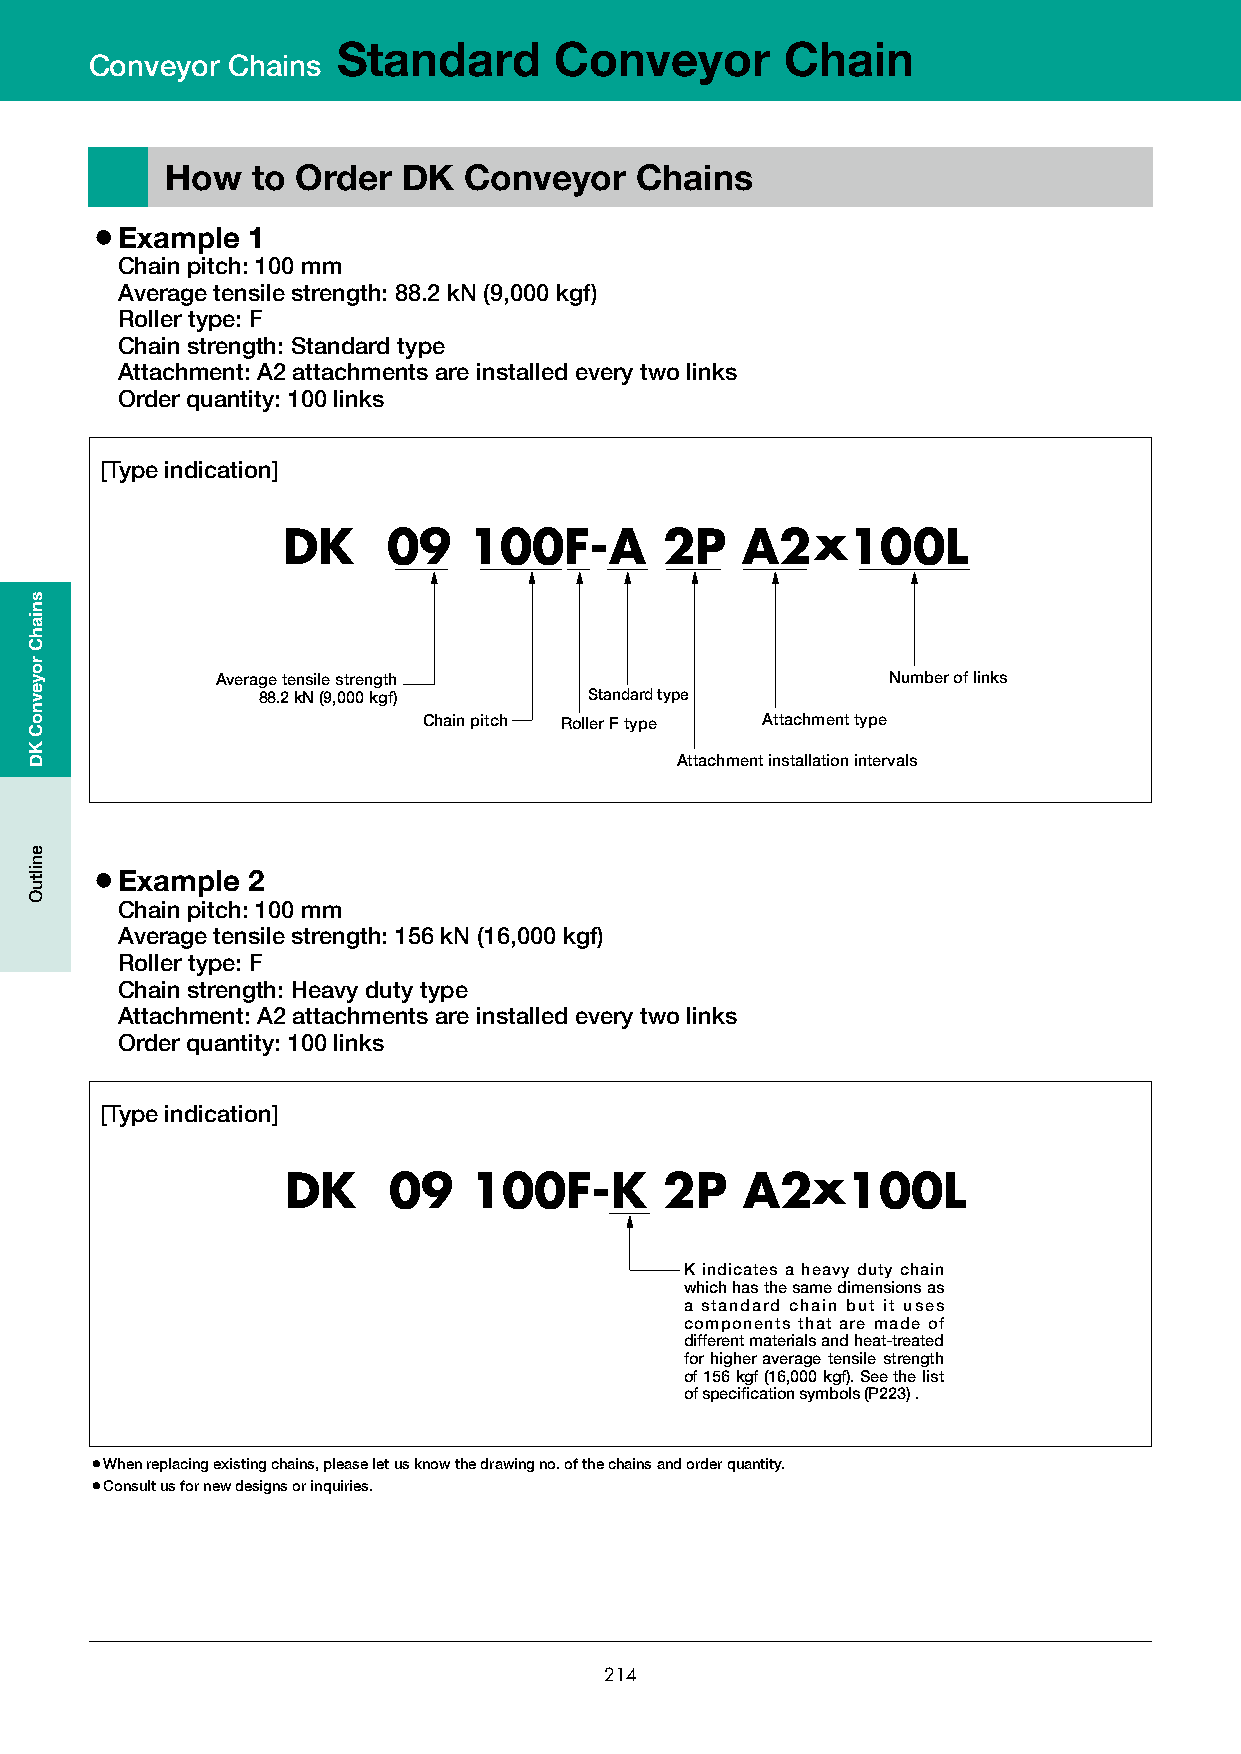
Standard       Conveyor       Chain
 Conveyor Chains
 How   to Order  DK  Conveyor   Chains
 ¡Example  1
 Chain pitch: 100 mm
 Average tensile strength: 88.2 kN (9,000 kgf)
 Roller type: F
 Chain strength: Standard type
 Attachment: A2 attachments are installed every two links
 Order quantity: 100 links
 [Type indication]
 DK     09   100F-A       2P   A2x100L
 Average tensile strength                     Number of links
 88.2 kN (9,000 kgf)   Standard type
 Chain pitch Roller F type Attachment type
 Attachment installation intervals
 ¡Example  2
 Chain pitch: 100 mm
 Average tensile strength: 156 kN (16,000 kgf)
 Roller type: F
 Chain strength: Heavy duty type
 Attachment: A2 attachments are installed every two links
 Order quantity: 100 links
 [Type indication]
 DK     09   100F-K       2P   A2x100L
 K indicates a heavy duty chain
 which has the same dimensions as
 a standard chain but it uses
 components that are made of
 different materials and heat-treated
 for higher average tensile strength
 of 156 kgf (16,000 kgf). See the list
 of specification symbols (P223) .
 ¡When replacing existing chains, please let us know the drawing no. of the chains and order quantity.
 ¡Consult us for new designs or inquiries.
 214
 sniahC
 royevnoC
 KD
 eniltuO